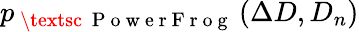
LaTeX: p_{\mathrm{~\textsc~{~P~o~w~e~r~F~r~o~g~}~}}(\Delta D,D_{n})